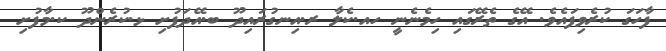
ފާހަގަ ކުރެވިފައެވެ. އޭގެ ތެރޭގައި ހިމެނެނީ ހއ.ކެލާ ރ.އިނގުރައިދޫ ބ.އޭދަފުށި ޅ.ކުރެންދޫ ކ.މާފުށި